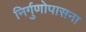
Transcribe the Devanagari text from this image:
निर्गुणोपासना